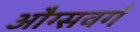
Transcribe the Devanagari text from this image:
औग्सवर्ग